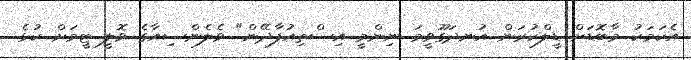
އެކަމަކު މާބޮޑަށް ޑީލްކުރަން އުނދަގޫވީމަ ނިންމީ އިސްތިއުފާދޭން" ވެލެންސިއާގެ ވޮލީ ޓީމަށް ކުޅެ